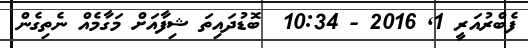
ފެބްރުއަރީ 1